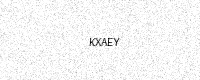
Text: KXAEY